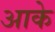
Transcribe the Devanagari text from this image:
अाके